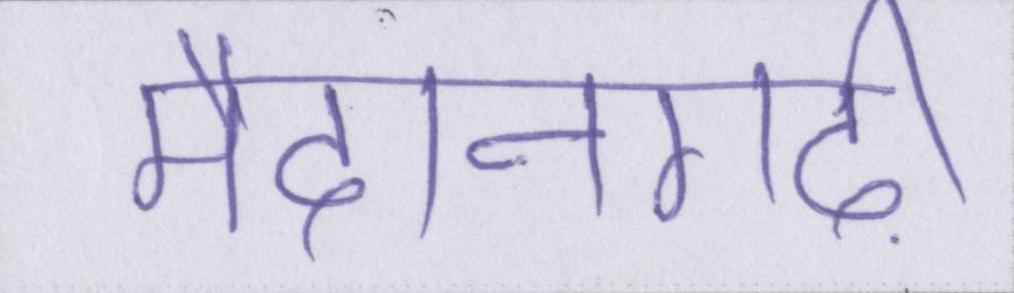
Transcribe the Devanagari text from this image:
मैदानगढ़ी